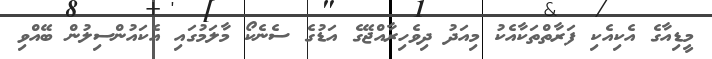
މީޑިއާގެ އެކިއެކި ފަރާތްތަކާއެކު މިއަދު ދިވެހިރާއްޖޭގެ އަޑުގެ ސެނެކޯ މާލަމުގައި އެކައުންސިލުން ބޭއްވި